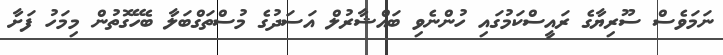
ނަމަވެސް ސޫރިޔާގެ ރައީސްކަމުގައި ހުންނެވި ބައްޝާރުލް އަސަދުގެ މުސްތަގްބަލާ ބެހޭގޮތުން މިމަހު ފަށާ